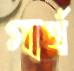
গার্থ